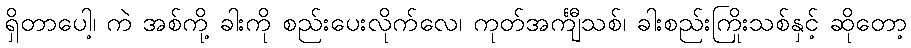
ရှိတာပေါ့၊ ကဲ အစ်ကို့ ခါးကို စည်းပေးလိုက်လေ၊ ကုတ်အင်္ကျီသစ်၊ ခါးစည်းကြိုးသစ်နှင့် ဆိုတော့